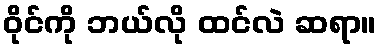
ဝိုင်ကို ဘယ်လို ထင်လဲ ဆရာ။